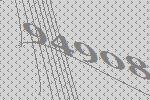
94908